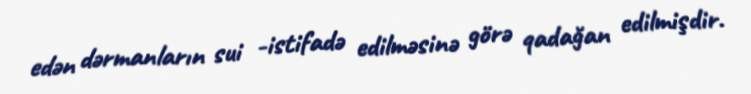
edən dərmanların sui -istifadə edilməsinə görə qadağan edilmişdir.